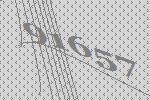
91657